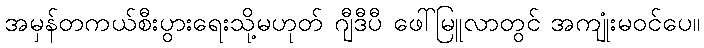
အမှန်တကယ်စီးပွားရေးသို့မဟုတ် ဂျီဒီပီ ဖေါ်မြူလာတွင် အကျုံးမဝင်ပေ။